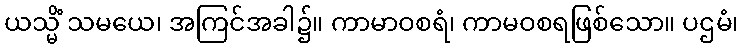
ယသ္မိံ သမယေ၊ အကြင်အခါ၌။ ကာမာဝစရံ၊ ကာမဝစရဖြစ်သော။ ပဌမံ၊